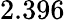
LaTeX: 2.396